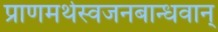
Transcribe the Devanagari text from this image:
प्राणमर्थस्वजनबान्धवान्